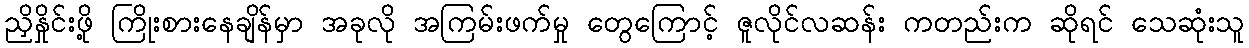
ညှိနှိုင်းဖို့ ကြိုးစားနေချိန်မှာ အခုလို အကြမ်းဖက်မှု တွေကြောင့် ဇူလိုင်လဆန်း ကတည်းက ဆိုရင် သေဆုံးသူ